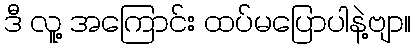
ဒီ လူ့ အကြောင်း ထပ်မပြောပါနဲ့ဗျာ။